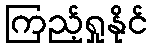
ကြည့်ရှုနိုင်